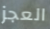
العجز